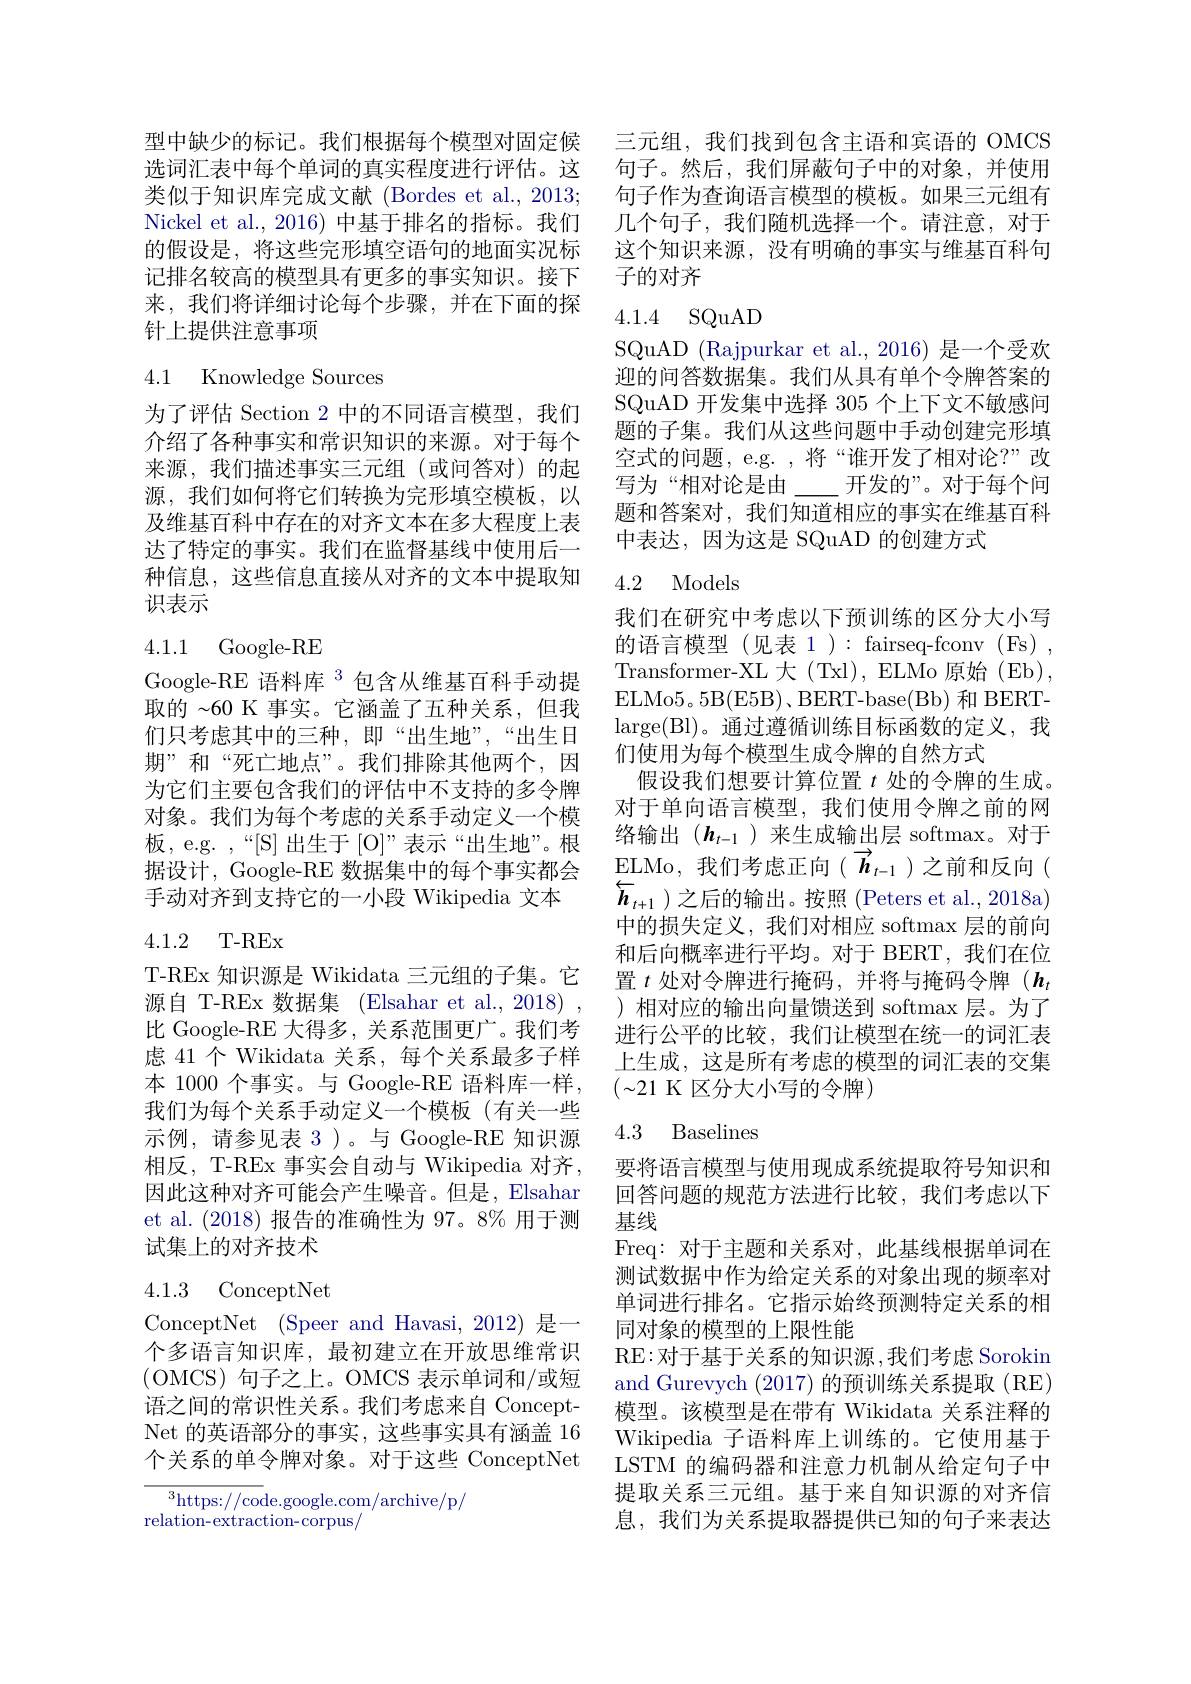
型中缺少的标记。我们根据每个模型对固定候类似于知识库完成文献(Bordes et al., 2013; Nickel et al., 2016) 中基于排名的指标。我们的假设是，将这些完形填空语句的地面实况标记排名较高的模型具有更多的事实知识。接下来，我们将详细讨论每个步骤，并在下面的探针上提供注意事项

# 4.1 Knowledge Sources

为了评估 Section 2 中的不同语言模型，我们介绍了各种事实和常识知识的来源。对于每个来源，我们描述事实三元组(或问答对)的起源，我们如何将它们转换为完形填空模板，以及维基百科中存在的对齐文本在多大程度上表汱 了 特 定 的 事 实 。我 们 在 监 督 基 线 中 使 用 后 一 种信息，这些信息直接从对齐的文本中提取知识表示

## 4.1.1 Google-RE

Google-RE 语料库 $^{3}$包含从维基百科手动提取的~60 K 事实。它涵盖了五种关系，但我们只考虑其中的三种，即“出生地”,“出生日期”和“死亡地点”。我们排除其他两个，因为它们主要包含我们的评估中不支持的多令牌对象。我们为每个考虑的关系手动定义一个模板，e.g. ,“[S] 出生于 [O]”表示“出生地”。根据设计，Google-RE 数据集中的每个事实都会手动对齐到支持它的一小段 Wikipedia 文本

4.1.2 T-REx

T-REx 知识源是 Wikidata 三元组的子集。它源自 T-REx 数据集 (Elsahar et al., 2018) , 比 Google-RE 大得多，关系范围更广。我们考虑 41 个 Wikidata 关系，每个关系最多子样本 1000 个事实。与 Google-RE 语料库一样， 我们为每个关系手动定义一个模板(有关一些示例，请参见表 3)。与 Google-RE 知识源相反，T-REx 事实会自动与 Wikipedia 对齐， 因此这种对齐可能会产生噪音。但是，Elsahar et al. (2018)报告的准确性为 97。8% 用于测试集上的对齐技术

## 4.1.3 ConceptNet

ConceptNet ( $Speer and Havasi, 2012)$是一个多语言知识库，最初建立在开放思维常识(OMCS)句子之上。OMCS 表示单词和/或短语之间的常识性关系。我们考虑来自 ConceptNet 的英语部分的事实，这些事实具有涵盖16个关系的单令牌对象。对于这些 ConceptNet

$^{3}$https://code.google.com/archive/p/
relation-extraction-corpus/

三元组，我们找到包含主语和宾语的 OMCS
选词汇表中每个单词的真实程度进行评估。这 句子。然后，我们屏蔽句子中的对象，并使用
句子作为查询语言模型的模板。如果三元组有几个句子，我们随机选择一个。请注意，对于这个知识来源，没有明确的事实与维基百科句子的对齐

4.1.4 SQuAD

SQuAD (Rajpurkar et al., 2016) 是一个受欢迎的问答数据集。我们从具有单个令牌答案的SQuAD 开发集中选择 305 个上下文不敏感问题的子集。我们从这些问题中手动创建完形填空式的问题，e.g. ,将“谁开发了相对论？”改写为“相对论是由\__开 发 的 ” 。对 于 每 个 问 题和答案对，我们知道相应的事实在维基百科中表达，因为这是 SQuAD 的创建方式

# 4.2 Models

我们在研究中考虑以下预训练的区分大小写的语言模型(见表1): fairseq-fconv (Fs) , Transformer-XL 大 (Txl), ELMo 原始 (Eb), ELMo5。5B(E5B)、BERT-base(Bb) 和 BERTlarge(Bl)。通过遵循训练目标函数的定义，我们使用为每个模型生成令牌的自然方式
假设我们想要计算位置$t$处的令牌的生成。对于单向语言模型，我们使用令牌之前的网络输出($\boldsymbol{h}_t-1$)来生成输出层 softmax。对于ELMo,我们考虑正向($\overrightarrow{\boldsymbol{h}}_{t-1}$)之前和反向( $\overleftarrow{\boldsymbol{h}}_{t+1}$)之后的输出。按照 (Peters et al.,2018a) 中的损失定义，我们对相应 softmax 层的前向和后向概率进行平均。对于 BERT,我们在位置$t$处对令牌进行掩码，并将与掩码令牌($\boldsymbol h_t$ )相对应的输出向量馈送到 softmax 层。为了进行公平的比较，我们让模型在统一的词汇表上生成，这是所有考虑的模型的词汇表的交集$(\sim21$ K 区分大小写的令牌)

## 4.3 Baselines

要将语言模型与使用现成系统提取符号知识和回答问题的规范方法进行比较，我们考虑以下基线
Freq:对于主题和关系对，此基线根据单词在测试数据中作为给定关系的对象出现的频率对单词进行排名。它指示始终预测特定关系的相同对象的模型的上限性能
RE:对于基于关系的知识源，我们考虑 Sorokin and Gurevych (2017)的预训练关系提取(RE) 模型。该模型是在带有 Wikidata 关系注释的Wikipedia 子语料库上训练的。它使用基于LSTM 的编码器和注意力机制从给定句子中提取关系三元组。基于来自知识源的对齐信息，我们为关系提取器提供已知的句子来表达